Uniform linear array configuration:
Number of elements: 4
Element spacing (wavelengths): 0.5
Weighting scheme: binomial
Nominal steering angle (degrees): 0
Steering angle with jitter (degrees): -0.005817
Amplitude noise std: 0.05
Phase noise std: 0.05

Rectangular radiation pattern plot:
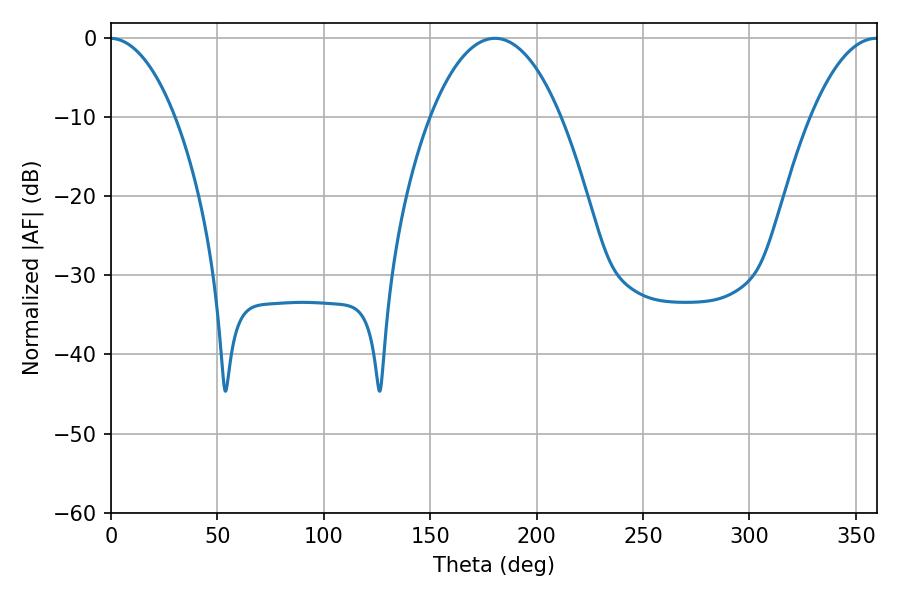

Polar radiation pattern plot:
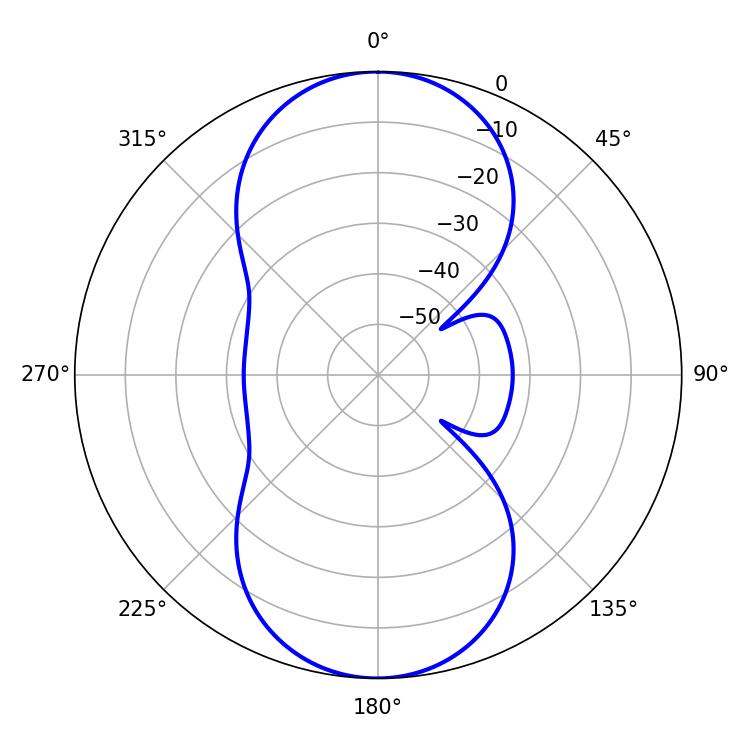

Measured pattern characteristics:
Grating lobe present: FALSE
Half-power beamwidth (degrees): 34.2
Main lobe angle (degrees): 180.36